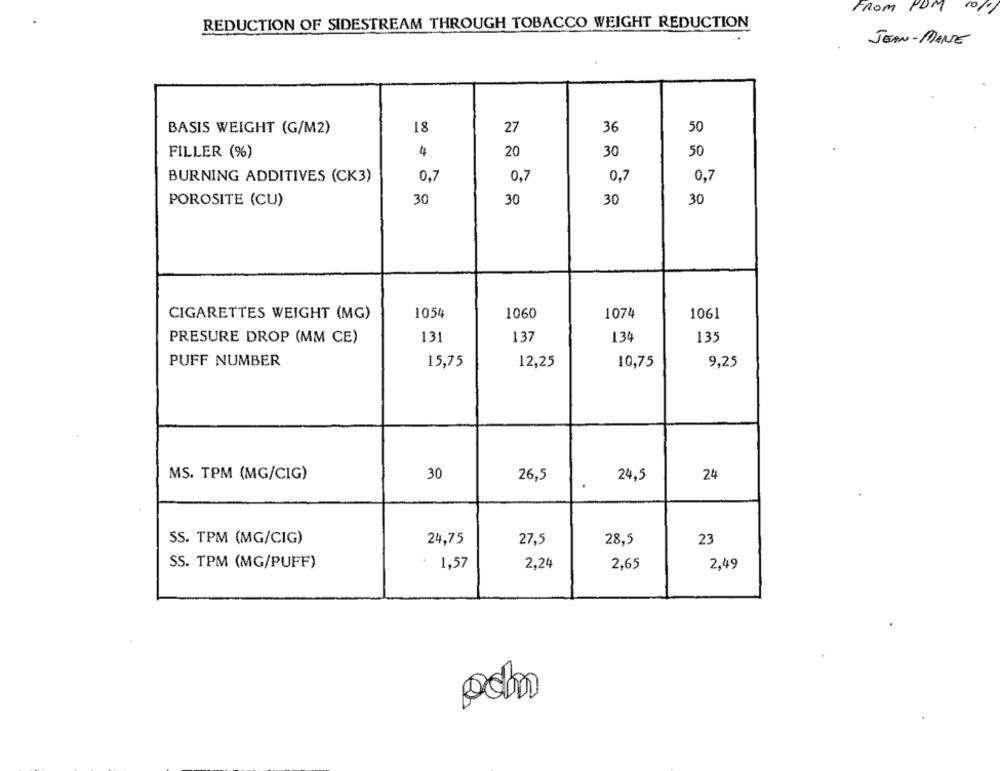
FROM
PDM 10 !!
REDUCTION OF SIDESTREAM THROUGH TOBACCO WEIGHT REDUCTION
JEAN-MANE
BASIS WEIGHT (G/M2)
18
27
36
50
FILLER (%)
4
20
30
50
BURNING ADDITIVES (CK3)
0,7
0,7
0,7
0,7
30
POROSITE (CU)
30
30
30
CIGARETTES WEIGHT (MG)
1054
1060
1074
1061
PRESURE DROP (MM CE)
131
137
134
135
PUFF NUMBER
15,75
12,25
10,75
9,25
MS. TPM (MG/CIG)
30
26,5
24,5
24
SS. TPM (MG/CIG)
24,75
27,5
23
28,5
SS. TPM (MG/PUFF)
1,57
2,24
2,65
2,49